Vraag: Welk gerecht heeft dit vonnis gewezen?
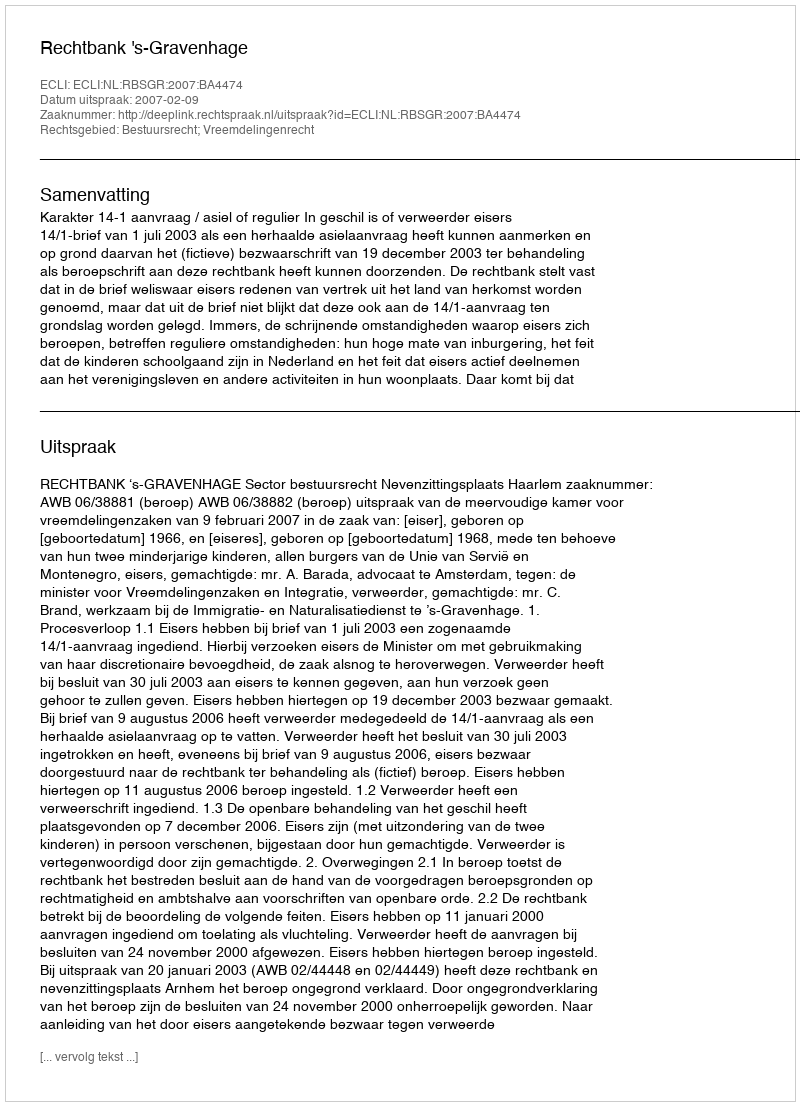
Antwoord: Rechtbank 's-Gravenhage